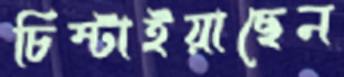
চিম্‌টাইয়াছেন